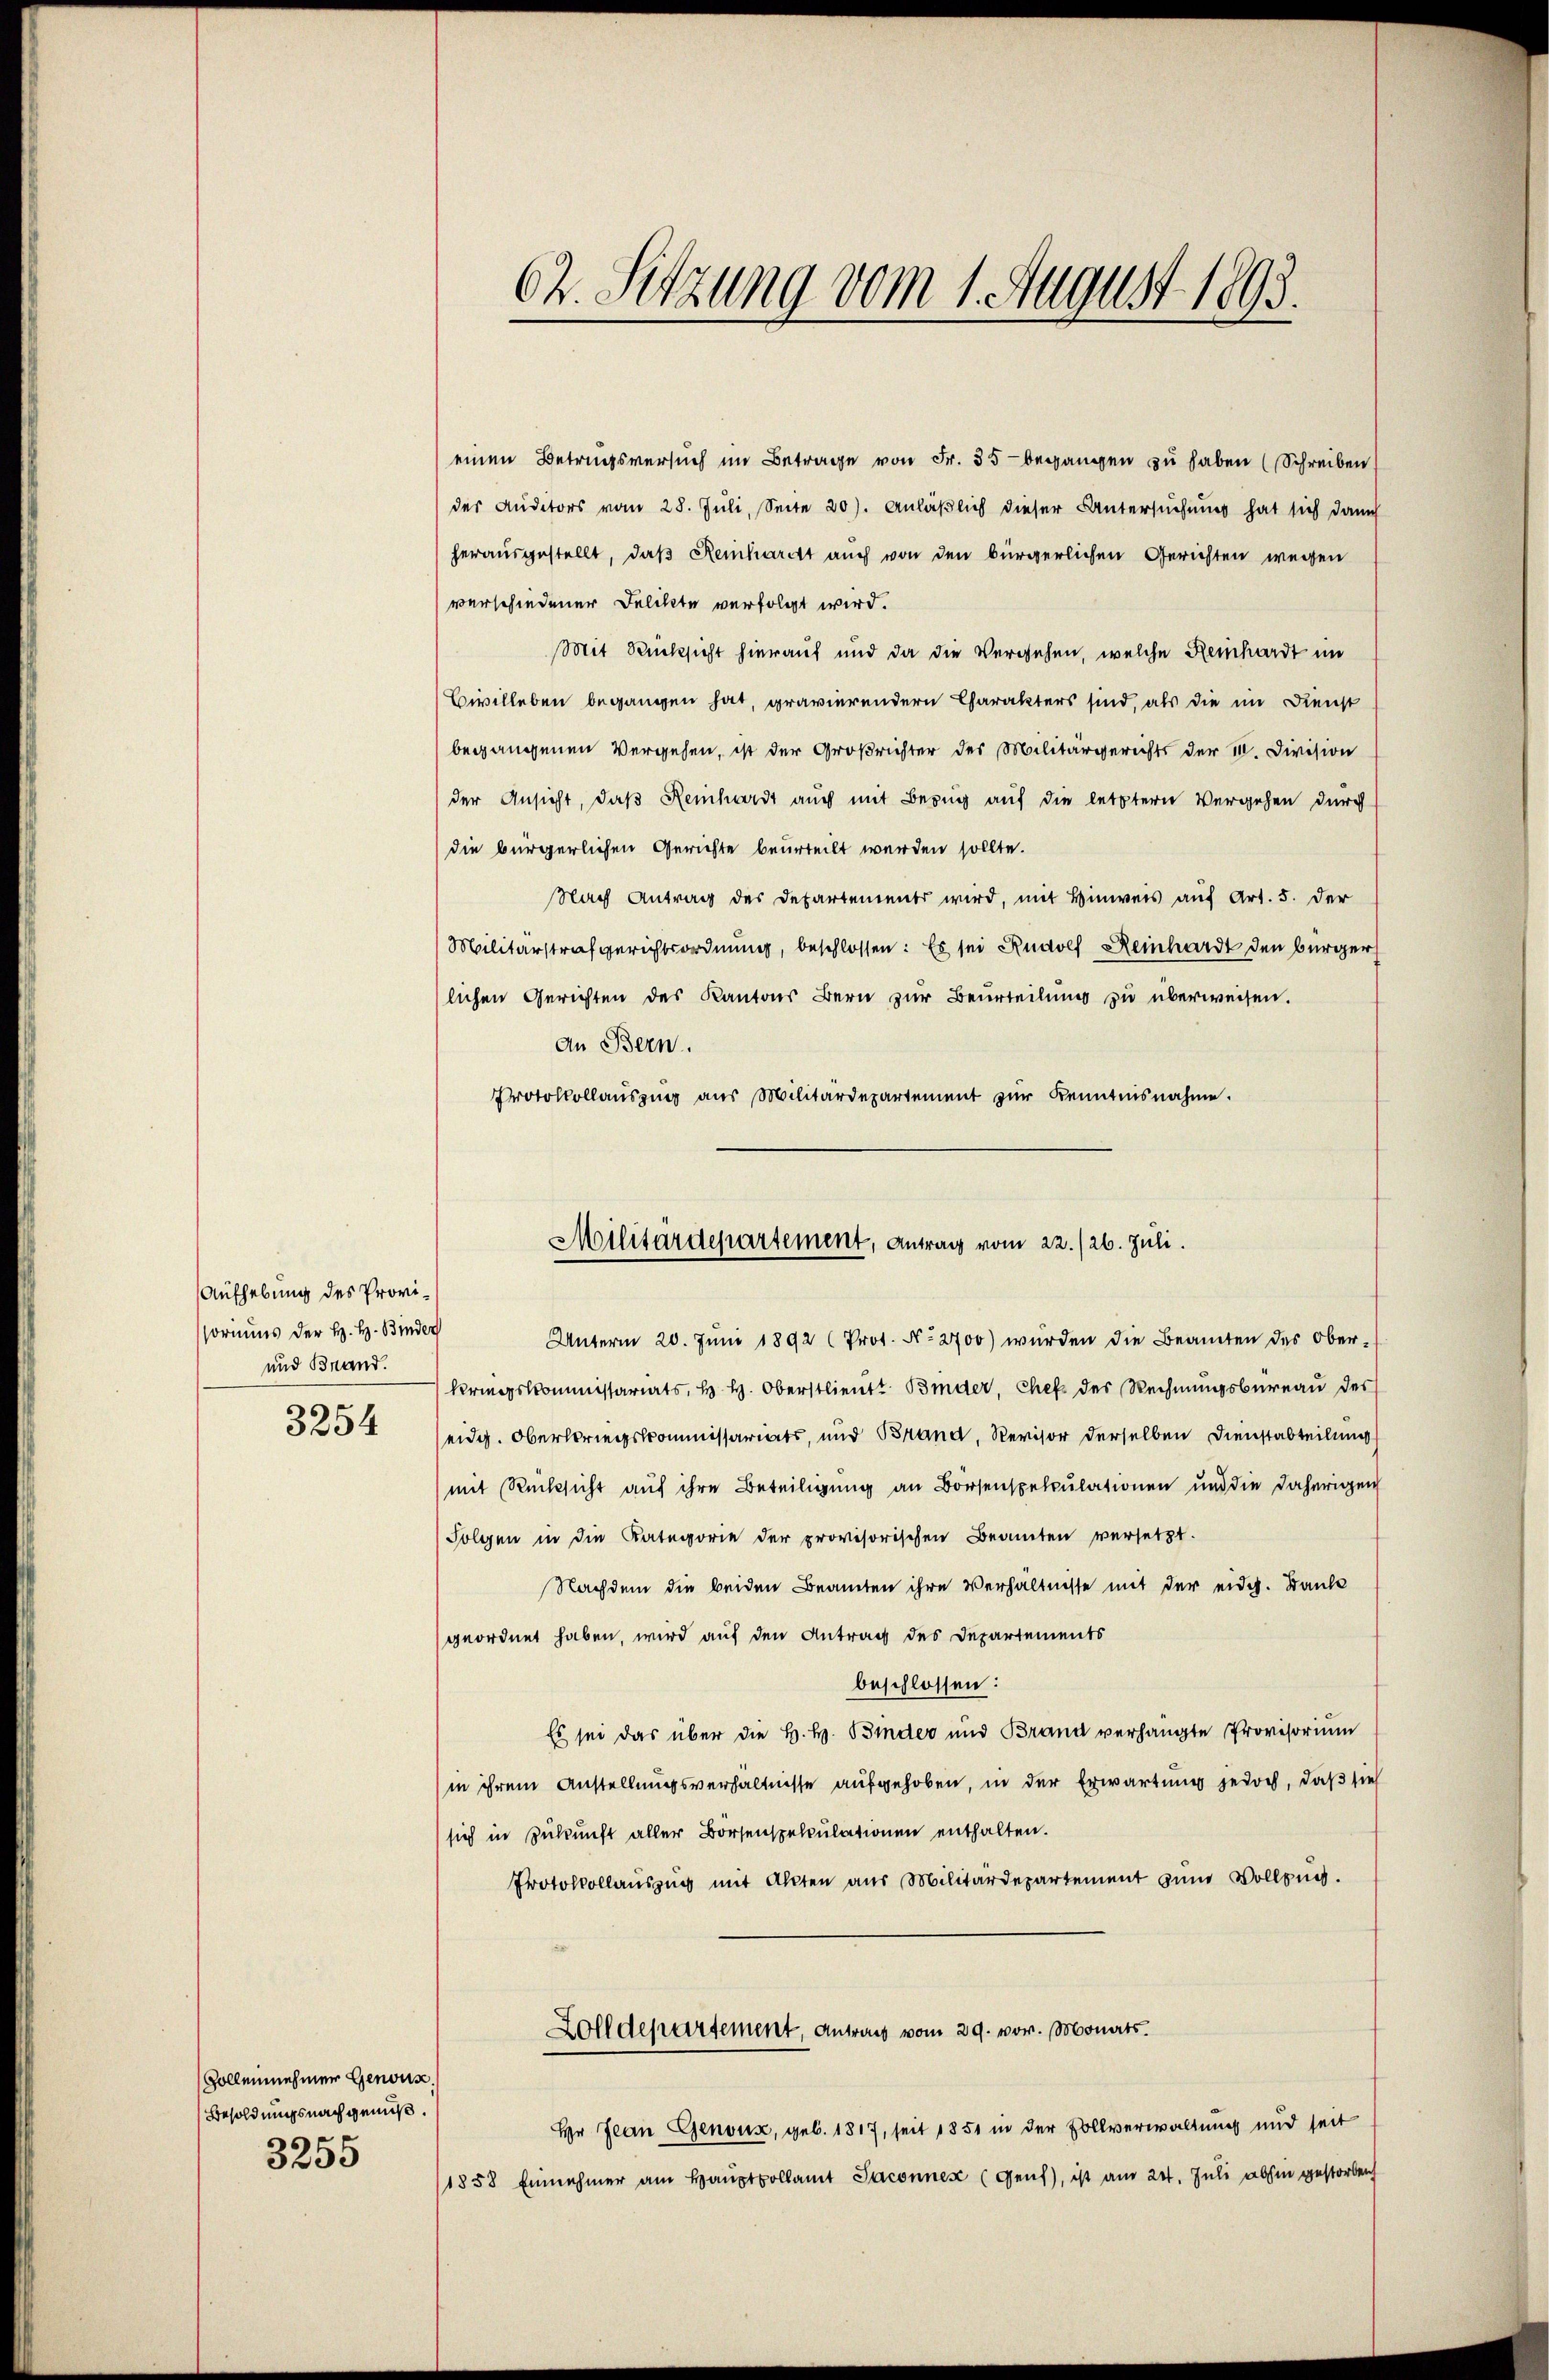
Aufhebung des Provisoriums der H. H. Binder
und Brand.
3254

Zollennehmer Genoux.
Besoldungsnach genuß.
3255

einen Betrugsversuch im Betrage von Fr. 55 begangen zu haben (Schreiben
der Auditors vom 28. Jŭli, Seite 20). Anläβlich dieser Untersuchung hat sich dann
herausgestellt, daß Reinhardt auch von den bürgerlichen Gerichten wegen
verschiedener Delikte verfolgt wird.
Mit Rücksicht hierauf und da die Vergehen, welche Reinhardt im
Civilleben begangen hat, gravierendern Charakters sind, als die im Dienst
begangenen Vergehen, ist der Großrichter des Militärgerichts der II. Division
der Ansicht, daß Reinhardt auch mit Bezug auf die letztern Vergehen durch
die bürgerlichen Gerichte beurteilt werden sollte.
Nach Antrag des Departement wird, mit Hinweis auf Art. 5. der
Militärstrafgerichtsordnung, beschlossen: Es sei Rudolf Reinhardt den Bürger
lichen Gerichten des Kantons Bern zur Beurteilung zu überweisen.
an Bern.
Protokollauszug aus Militärdepartement zur Kenntnisnahme.

02. Sitzung vom 1. August 1893.

Militärdepartement, Antrag vom 22./26. Juli.

Unterm 20. Jŭni 1892 (Prot. N. 2700) wurden die Beamten des Ober-
Kriegskommissariats, H. H. Oberstlieutt Binder, Chef des Rechnungsbureau des
eidg. Oberstriegskommissariats, und Brand, Revisor derselben Dienstabteilung
mit Rücksicht auf ihre Beteiligung an Börsenspeculationen und die daherigen
Folgen in die Kategorie der provisorischen Beamten versetzt.
Nachdem die beiden Beamten ihre Verhältnisse mit der eidg. Danke
geordnet haben, wird auf den Antrag des Departements
beschlossen:
Es sei das über die H. H. Binder und Brand verhängte Provisorium
in ihrem Anstellungsverhältnisse aufgehoben, in der Erwartung jedoch, daß sieh
sich in Zukunft aller Borsenspeculationen enthalten.
Protokollauszug mit Akten aus Militärdepartement zum Vollzug.
Zolldepartement, Antrag vom 29. vor. Monats
Hr Jean Genoux, geb. 1817, seit 1851 in der Zollverwaltung und seit
1858 Einnehmer am Hauptvollamt Jaconnex (Genf), ist am 24. Juli abhin gestorben